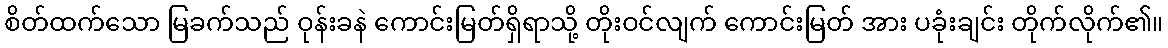
စိတ်ထက်သော မြခက်သည် ဝုန်းခနဲ ကောင်းမြတ်ရှိရာသို့ တိုးဝင်လျက် ကောင်းမြတ် အား ပခုံးချင်း တိုက်လိုက်၏။